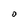
Character: O